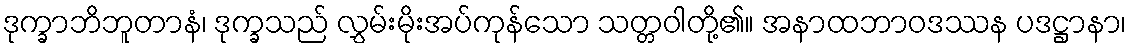
ဒုက္ခာဘိဘူတာနံ၊ ဒုက္ခသည် လွှမ်းမိုးအပ်ကုန်သော သတ္တဝါတို့၏။ အနာထဘာဝဒဿန ပဒဋ္ဌာနာ၊